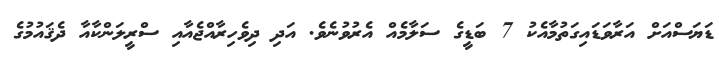
ޑަޔަސްއަށް އަރާވަޑައިގަތުމާއެކު 7 ބަޑީގެ ސަލާމެއް އެރުވުނެވެ. އަދި ދިވެހިރާއްޖެއާއި ސްރީލަންކާއާ ދެޤައުމުގެ